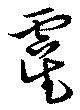
虞